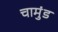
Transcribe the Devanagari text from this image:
चामुंड